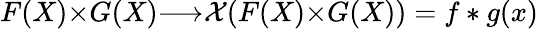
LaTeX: F(X){\times}G(X){\longrightarrow}{\cal X}(F(X){\times}G(X))=f*g(x)